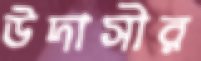
উদাসীর